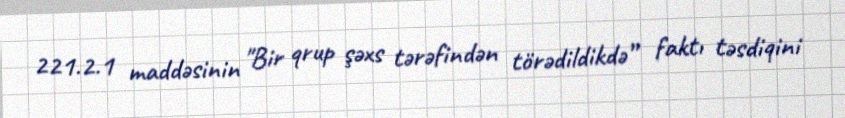
221.2.1 maddəsinin "Bir qrup şəxs tərəfindən törədildikdə” faktı təsdiqini